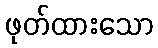
ဖုတ်ထားသော